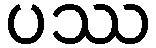
ပဿ